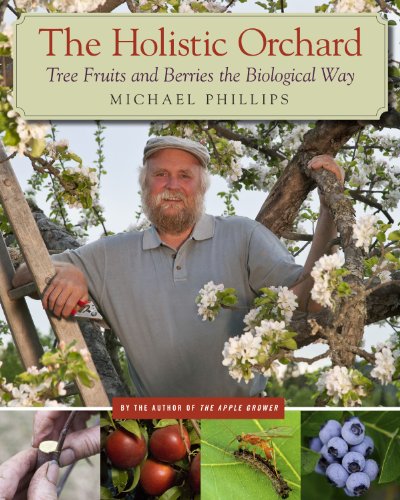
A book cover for The Holistic Orchard: Tree Fruits and Berries the Biological Way; Michael Phillips; Crafts, Hobbies & Home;